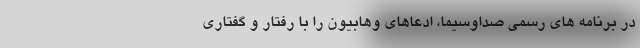
در برنامه های رسمی صداوسیما، ادعاهای وهابیون را با رفتار و گفتاری